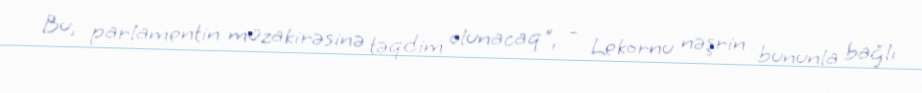
Bu, parlamentin müzakirəsinə təqdim olunacaq", - Lekornu nəşrin bununla bağlı